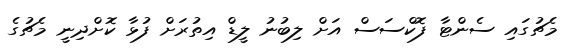
މެޗުގައި ސެންޓާ ފޮކްސަސް އަށް ލިބުނު ލީޑް އިތުރަށް ފުޅާ ކޮށްދިނީ މެޗުގެ